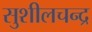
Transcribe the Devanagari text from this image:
सुशीलचन्द्र